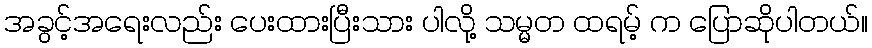
အခွင့်အရေးလည်း ပေးထားပြီးသား ပါလို့ သမ္မတ ထရမ့် က ပြောဆိုပါတယ်။